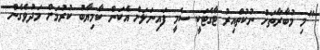
"މި މުބާރާތަށް ނުކުތްއިރު ޓާގެޓަކީ ސެމީ ފައިނަލަށް އެކަން ކާމިޔާބު ކުރުމަށް މަދުވެގެން